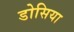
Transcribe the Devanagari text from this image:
डोसिया